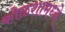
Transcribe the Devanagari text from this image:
कोळशामध्ये